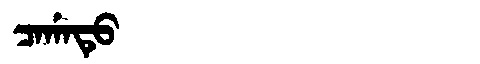
Manchu: ᠴᠠᡤᠠᡨᡠ
Romanization: CAGATU